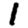
Digit: 1